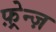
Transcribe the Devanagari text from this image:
फ़्रेन्ज़